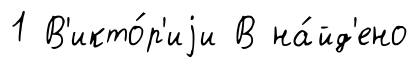
1 В'икто́р'иjи В на́йд'ено